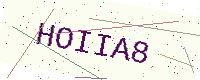
Text: HOIIA8